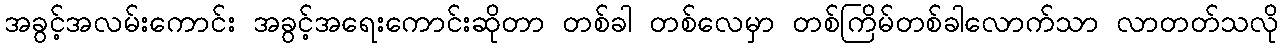
အခွင့်အလမ်းကောင်း အခွင့်အရေးကောင်းဆိုတာ တစ်ခါ တစ်လေမှာ တစ်ကြိမ်တစ်ခါလောက်သာ လာတတ်သလို